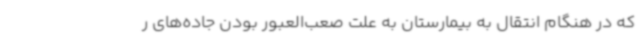
که در هنگام انتقال به بیمارستان به علت صعب‌العبور بودن جاده‌های ر